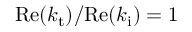
\mathrm { R e } ( k _ { \mathrm { t } } ) / \mathrm { R e } ( k _ { \mathrm { i } } ) = 1